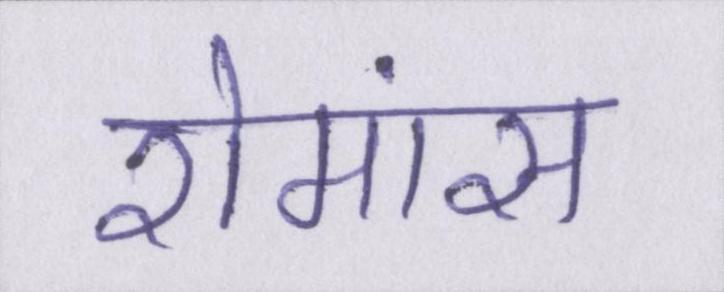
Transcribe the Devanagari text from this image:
रोमांस